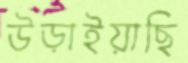
উড়াইয়াছি